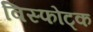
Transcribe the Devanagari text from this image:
विस्फोट्क